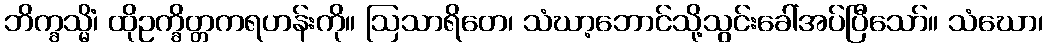
ဘိက္ခသ္မိံ၊ ထိုဥက္ခိတ္တကရဟန်းကို။ ဩသာရိတေ၊ သံဃာ့ဘောင်သို့သွင်းခေါ်အပ်ပြီသော်။ သံဃော၊